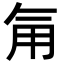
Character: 𮗟